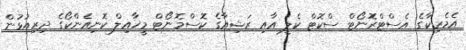
އެމެރިކާގެ އެސްޓްރޮނޯޓް ސްކޮޓް ކެލީ އާއި ރަޝިއާގެ ކޮސްމޮނޯޓް މީޚާއިލް ކޮނިއެންކޯގެ ދިރިއުޅުން